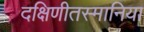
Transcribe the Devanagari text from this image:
दक्षिणीतस्मानिया